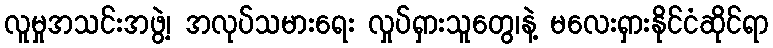
လူမှုအသင်းအဖွဲ့၊ အလုပ်သမားရေး လှုပ်ရှားသူတွေ၊နဲ့ မလေးရှားနိုင်ငံဆိုင်ရာ